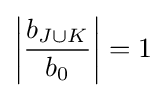
\left|{\frac {b_{J\cup K}}{b_{0}}}\right|=1